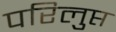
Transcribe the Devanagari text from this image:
परिलुप्त